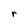
Character: r